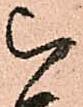
被